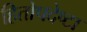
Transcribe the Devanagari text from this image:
हितोपदेष्टा